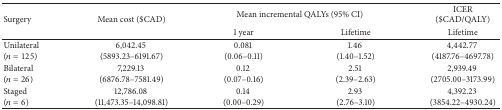
<table><thead><tr><td rowspan="2"><b>Surgery</b></td><td rowspan="2"><b>Mean cost ($CAD)</b></td><td colspan="2"><b> Mean incremental QALYs (95% CI)</b></td><td><b>ICER ($CAD/QALY)</b></td></tr><tr><td><b>1 year</b></td><td><b>Lifetime</b></td><td><b>Lifetime</b></td></tr></thead><tbody><tr><td>Unilateral (<i>n</i> = 125)</td><td>6,042.45 (5893.23–6191.67)</td><td>0.081 (0.06–0.11)</td><td>1.46 (1.40–1.52)</td><td>4,442.77 (4187.76–4697.78)</td></tr><tr><td>Bilateral (<i>n</i> = 26)</td><td>7,229.13 (6876.78–7581.49)</td><td>0.12 (0.07–0.16)</td><td>2.51 (2.39–2.63)</td><td>2,939.49 (2705.00–3173.99)</td></tr><tr><td>Staged (<i>n</i> = 6)</td><td>12,786.08 (11,473.35–14,098.81)</td><td>0.14 (0.00–0.29)</td><td>2.93 (2.76–3.10)</td><td>4,392.23 (3854.22–4930.24)</td></tr></tbody></table>